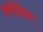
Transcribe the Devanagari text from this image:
इबोसिम